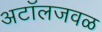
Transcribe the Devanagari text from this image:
अटॉलजवळ